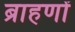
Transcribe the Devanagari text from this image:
ब्राहणों